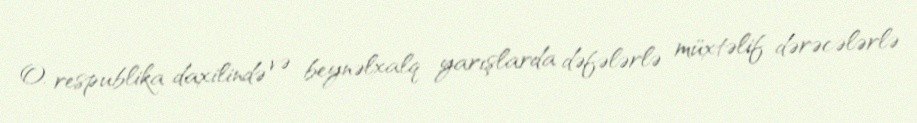
O, respublika daxilində və beynəlxalq yarışlarda dəfələrlə müxtəlif dərəcələrlə